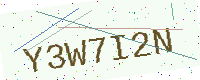
Text: Y3W7I2N